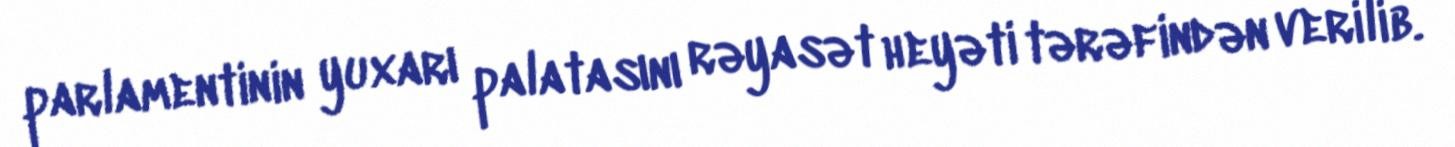
parlamentinin yuxarı palatasını rəyasət heyəti tərəfindən verilib.